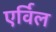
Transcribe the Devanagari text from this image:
एर्विल